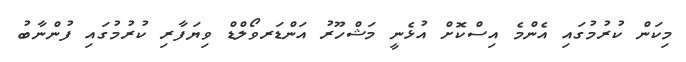
މިކަން ކުރުމުގައި އެންމެ އިސްކޮށް އުޅެނީ މަޝްހޫރު އަންޑަރވޯލްޑް ވިޔަފާރި ކުރުމުގައި ފުންނާބު